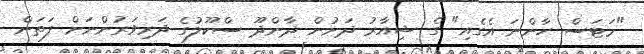
"މަޓަސް ހާންނަ އެގެއި" ގެ ޝިއާރު ދަށުން ދާންދޫ ސްކޫލުގެ ދަރިވަރުންނަށް ފަތަން